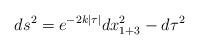
LaTeX: \begin{align*}ds^{2}=e^{-2k|\tau|}dx^{2}_{1+3}-d\tau^{2}\end{align*}